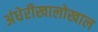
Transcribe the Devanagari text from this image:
अंधेरीखालोखाल